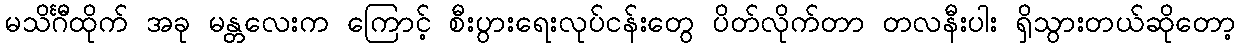
မသိင်္ဂီထိုက် အခု မန္တလေးက ကြောင့် စီးပွားရေးလုပ်ငန်းတွေ ပိတ်လိုက်တာ တလနီးပါး ရှိသွားတယ်ဆိုတော့